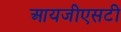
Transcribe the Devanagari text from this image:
आयजीएसटी